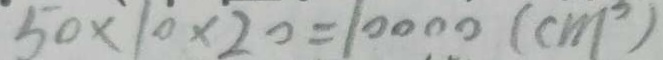
5 0 \times 1 0 \times 2 0 = 1 0 0 0 0 ( c m ^ { 3 } )